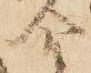
合